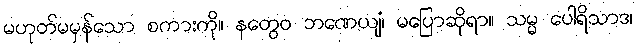
မဟုတ်မမှန်သော စကားကို။ နတွေဝ ဘဏေယျံ၊ မပြောဆိုရာ။ သမ္မ ပေါရိသာဒ၊